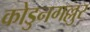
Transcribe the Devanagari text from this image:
कोडुनगल्लुर